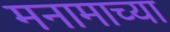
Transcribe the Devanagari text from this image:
मनामाच्या